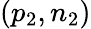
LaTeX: (p_{2},n_{2})